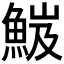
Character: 𩷘